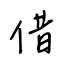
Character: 借